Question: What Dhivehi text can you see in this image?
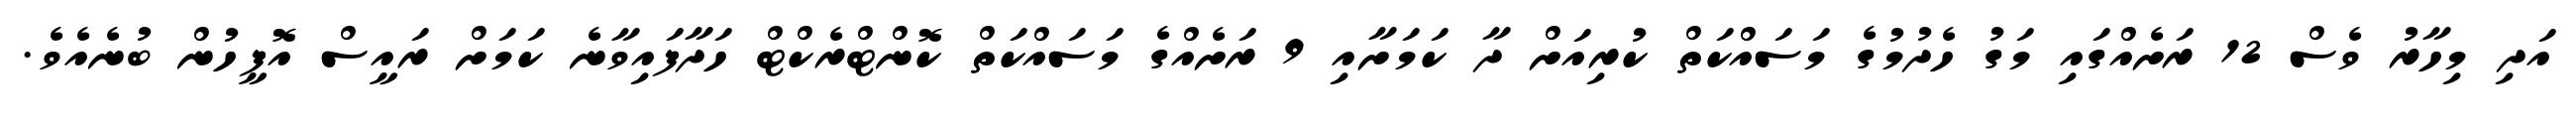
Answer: އަދި މިހާރު ވެސް 12 ރަށެއްގައި މަގު ހެދުމުގެ މަސައްކަތް ކުރިއަށް ދާ ކަމަށާއި 9 ރަށެއްގެ މަސައްކަތް ކޮންޓްރެކްޓް ހަދާފައިވާނެ ކަމަށް ރައީސް އޮފީހުން ބުނެއެވެ.